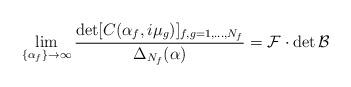
LaTeX: \begin{align*} \lim_{\{\alpha_f\}\to\infty} \frac{\det[C(\alpha_f,i\mu_g)]_{f,g=1,\dots,N_f}} {\Delta_{N_f}(\alpha)} = \mathcal{F}\cdot\det\mathcal{B}\end{align*}